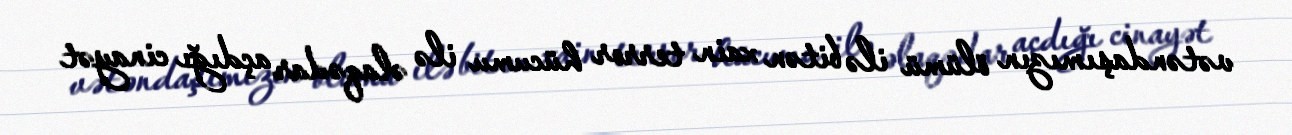
vətəndaşımızın ölümü ilə bitən xain terror hücumu ilə əlaqədar açdığı cinayət